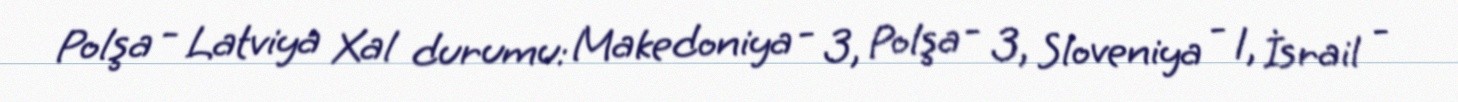
Polşa - Latviya Xal durumu: Makedoniya - 3, Polşa - 3, Sloveniya - 1, İsrail -